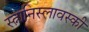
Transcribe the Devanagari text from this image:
स्त्नानिस्लावस्की